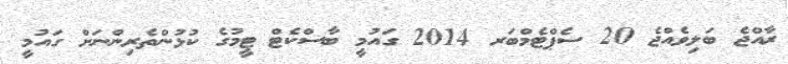
ރާއްޖެ ބަލިވެއްޖެ 20 ސެޕްޓެމްބަރ 2014 ގައުމީ ބާސްކެޓް ޓީމުގެ ކުޅުންތެރިންނަށް ގައުމީ